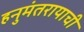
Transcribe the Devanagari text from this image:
हनुमंतरायाची